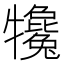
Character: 𤜇